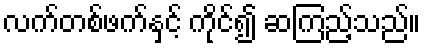
လက်တစ်ဖက်နှင့် ကိုင်၍ ဆကြည့်သည်။